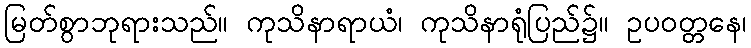
မြတ်စွာဘုရားသည်။ ကုသိနာရာယံ၊ ကုသိနာရုံပြည်၌။ ဥပဝတ္တနေ၊